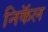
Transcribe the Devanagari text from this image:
निकॅल